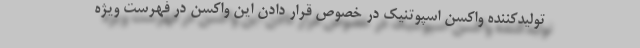
تولیدکننده واکسن اسپوتنیک در خصوص قرار دادن این واکسن در فهرست ویژ‌ه